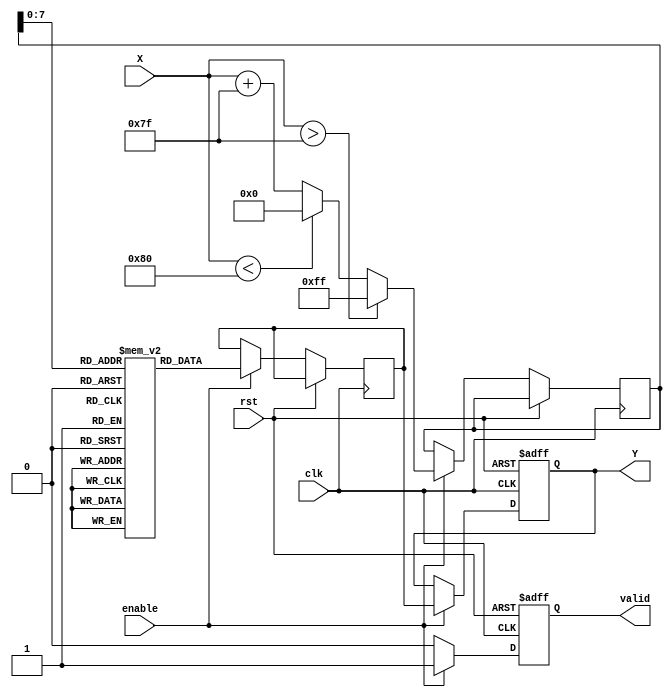
module atan_block (
    input wire clk,
    input wire rst,
    input wire enable,
    input wire signed [15:0] X, // Input: Fixed-point representation of tangent value
    output reg signed [15:0] Y,  // Output: Fixed-point representation of angle in radians
    output reg valid              // Output valid signal
);

    // Parameters
    parameter LUT_SIZE = 256; // Size of the lookup table
    parameter MAX_INPUT = 127; // Max input value for LUT (scaled)
    parameter MIN_INPUT = -128; // Min input value for LUT (scaled)
    
    // Lookup table for atan values (scaled)
    reg signed [15:0] atan_lut [0:LUT_SIZE-1];

    // Initialize the lookup table with precomputed atan values
    initial begin
        // Populate the LUT with atan values (in fixed-point format)
        // This is a simplified example; you should fill this with actual values
        // atan_lut[0] = 0; // atan(0)
        // atan_lut[1] = ...; // atan(1)
        // ...
        // atan_lut[127] = 32767; // atan(1) in fixed-point
        // atan_lut[128] = -32767; // atan(-1) in fixed-point
        // ...
        // atan_lut[255] = 0; // atan(0) for negative inputs
    end

    // Internal signals
    reg signed [15:0] lut_index;
    reg signed [15:0] lut_value;

    // Main processing block
    always @(posedge clk or posedge rst) begin
        if (rst) begin
            Y <= 0;
            valid <= 0;
        end else if (enable) begin
            // Normalize input to LUT index
            if (X > MAX_INPUT) begin
                lut_index <= LUT_SIZE - 1; // Saturate to max index
            end else if (X < MIN_INPUT) begin
                lut_index <= 0; // Saturate to min index
            end else begin
                lut_index <= X + MAX_INPUT; // Shift input to positive index
            end

            // Retrieve value from LUT
            lut_value <= atan_lut[lut_index];

            // Assign output
            Y <= lut_value;
            valid <= 1; // Indicate output is valid
        end else begin
            valid <= 0; // Output not valid if not enabled
        end
    end

endmodule